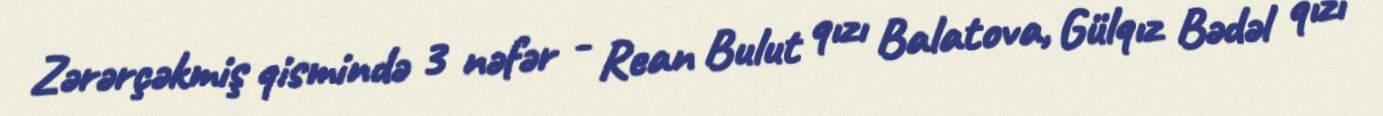
Zərərçəkmiş qismində 3 nəfər - Rean Bulut qızı Balatova, Gülqız Bədəl qızı